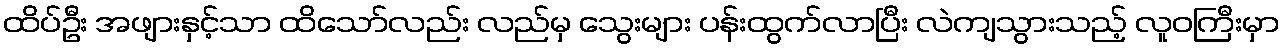
ထိပ်ဦး အဖျားနှင့်သာ ထိသော်လည်း လည်မှ သွေးများ ပန်းထွက်လာပြီး လဲကျသွားသည့် လူဝကြီးမှာ